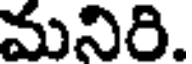
మనిరి.